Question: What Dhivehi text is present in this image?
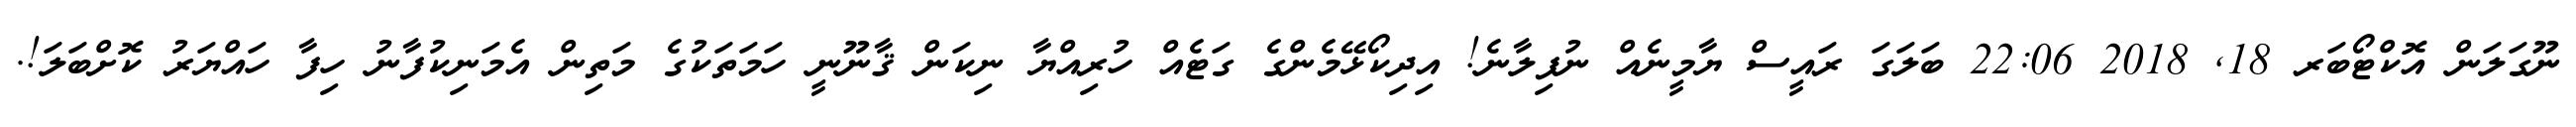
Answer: ނޫގަލަން އޮކްޓޯބަރ 18, 2018 22:06 ބަލަގަ ރައީސް ޔާމީނެއް ނުފިލާނެ! އިދިކޯޅޭމެންގެ ގަޓެއް ހުރިއްޔާ ނިކަން ޤާނޫނީ ހަމަތަކުގެ މަތިން އެމަނިކުފާނު ހިފާ ހައްޔަރު ކޮށްބަލަ!.